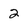
Character: 2